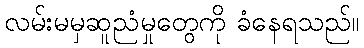
လမ်းမမှဆူညံမှုတွေကို ခံနေရသည်။